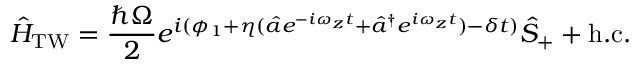
\hat { H } _ { \mathrm { T W } } = \frac { \hbar \Omega } { 2 } e ^ { i ( \phi _ { 1 } + \eta ( \hat { a } e ^ { - i \omega _ { z } t } + \hat { a } ^ { \dagger } e ^ { i \omega _ { z } t } ) - \delta t ) } \hat { S } _ { + } + \mathrm { h . c . }